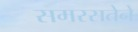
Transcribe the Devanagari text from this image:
समरसतेने